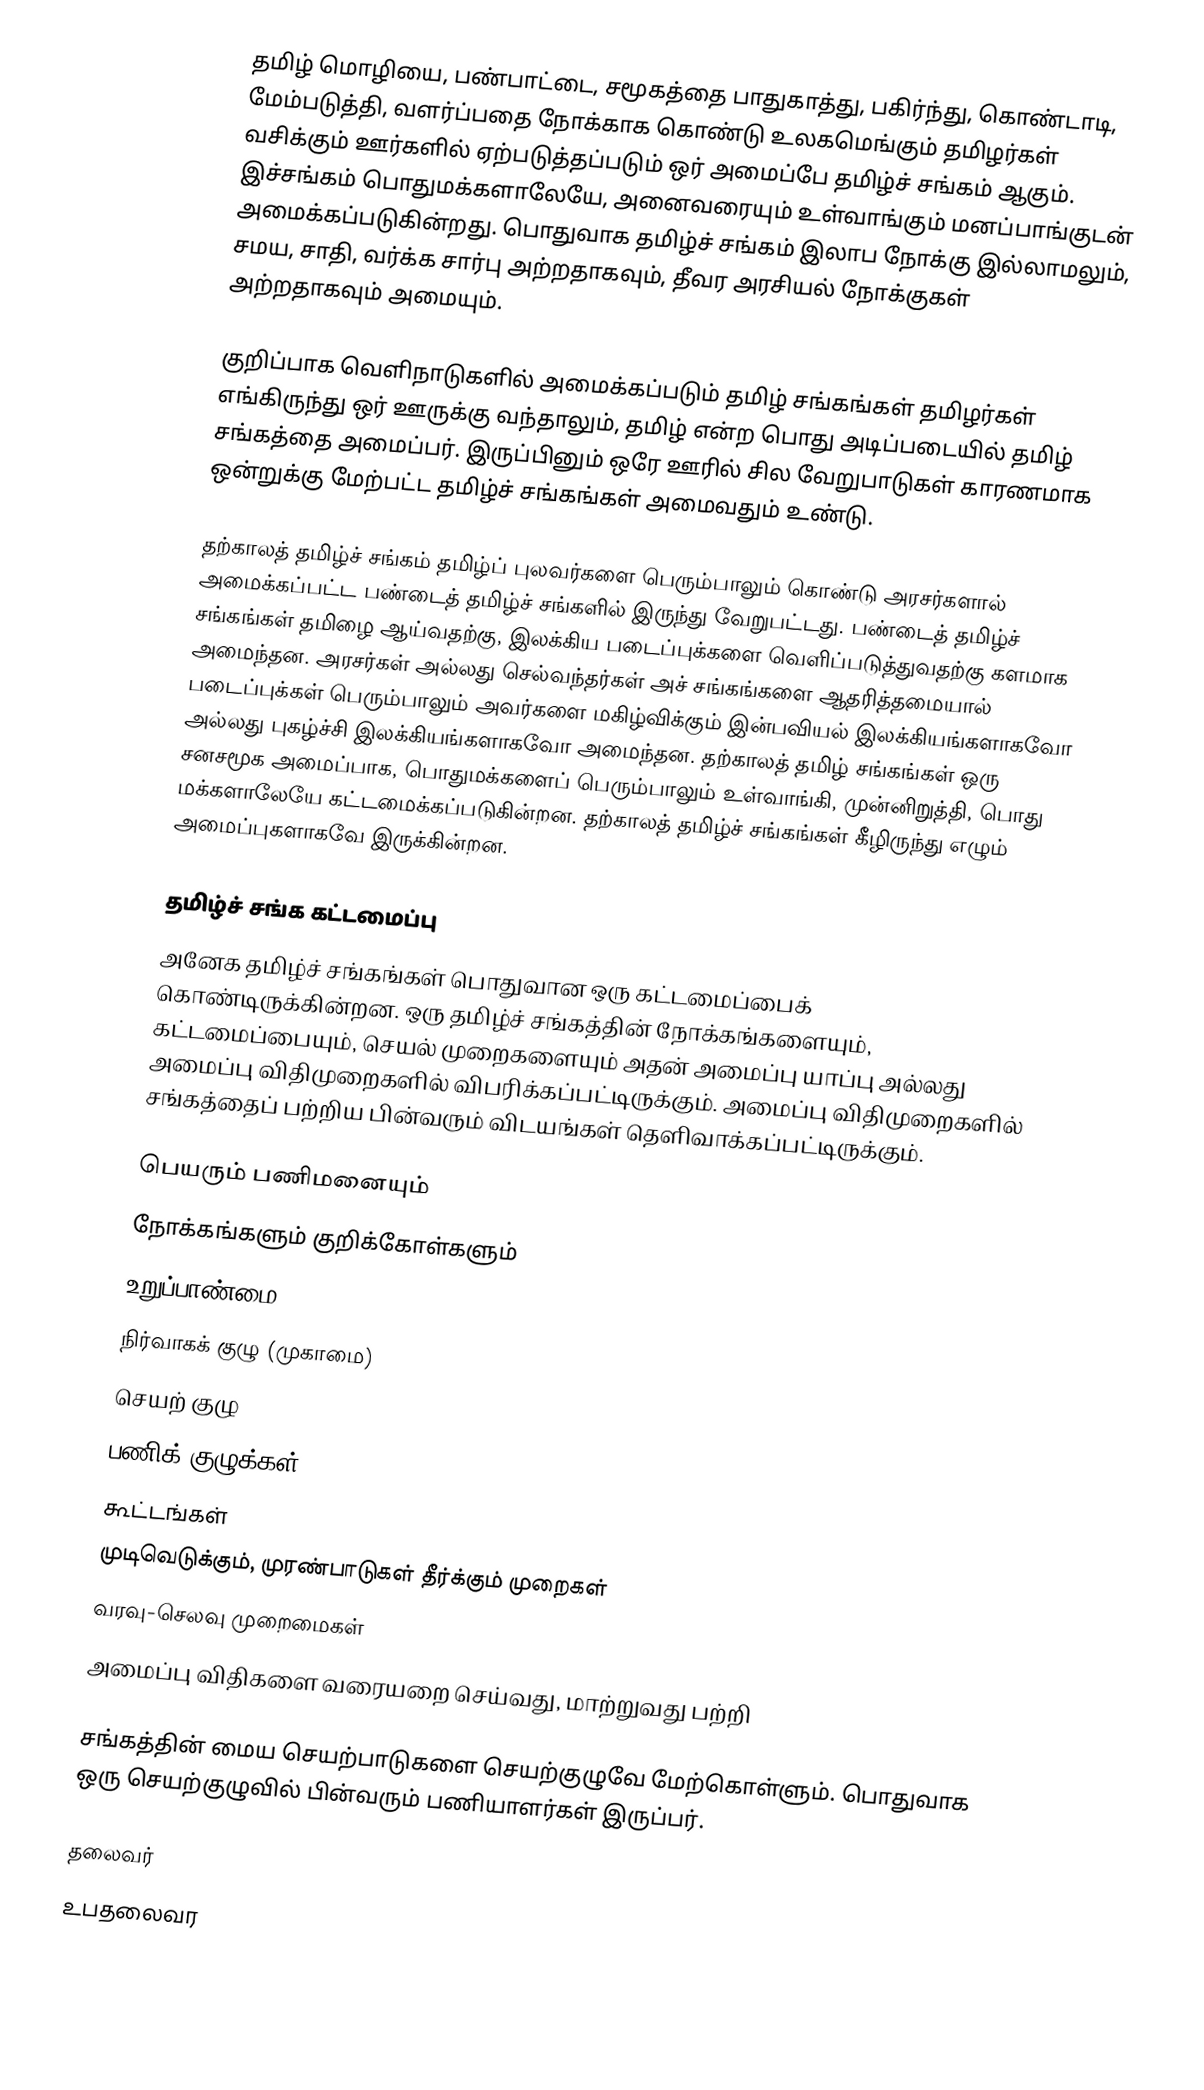
தமிழ் மொழியை, பண்பாட்டை, சமூகத்தை பாதுகாத்து, பகிர்ந்து, கொண்டாடி, மேம்படுத்தி, வளர்ப்பதை நோக்காக கொண்டு உலகமெங்கும் தமிழர்கள் வசிக்கும் ஊர்களில் ஏற்படுத்தப்படும் ஒர் அமைப்பே தமிழ்ச் சங்கம் ஆகும்.  இச்சங்கம் பொதுமக்களாலேயே, அனைவரையும் உள்வாங்கும் மனப்பாங்குடன் அமைக்கப்படுகின்றது.  பொதுவாக தமிழ்ச் சங்கம் இலாப நோக்கு இல்லாமலும், சமய, சாதி, வர்க்க சார்பு அற்றதாகவும், தீவர அரசியல் நோக்குகள் அற்றதாகவும் அமையும்.

குறிப்பாக வெளிநாடுகளில் அமைக்கப்படும் தமிழ் சங்கங்கள் தமிழர்கள் எங்கிருந்து ஒர் ஊருக்கு வந்தாலும், தமிழ் என்ற பொது அடிப்படையில் தமிழ் சங்கத்தை அமைப்பர்.  இருப்பினும் ஒரே ஊரில் சில வேறுபாடுகள் காரணமாக ஒன்றுக்கு மேற்பட்ட தமிழ்ச் சங்கங்கள் அமைவதும் உண்டு.

தற்காலத் தமிழ்ச் சங்கம் தமிழ்ப் புலவர்களை பெரும்பாலும் கொண்டு அரசர்களால் அமைக்கப்பட்ட பண்டைத் தமிழ்ச் சங்களில் இருந்து வேறுபட்டது.  பண்டைத் தமிழ்ச் சங்கங்கள் தமிழை ஆய்வதற்கு, இலக்கிய படைப்புக்களை வெளிப்படுத்துவதற்கு களமாக அமைந்தன.  அரசர்கள் அல்லது செல்வந்தர்கள் அச் சங்கங்களை ஆதரித்தமையால் படைப்புக்கள் பெரும்பாலும் அவர்களை மகிழ்விக்கும் இன்பவியல் இலக்கியங்களாகவோ அல்லது புகழ்ச்சி இலக்கியங்களாகவோ அமைந்தன.  தற்காலத் தமிழ் சங்கங்கள் ஒரு சனசமூக அமைப்பாக, பொதுமக்களைப் பெரும்பாலும் உள்வாங்கி, முன்னிறுத்தி, பொது மக்களாலேயே கட்டமைக்கப்படுகின்றன.  தற்காலத் தமிழ்ச் சங்கங்கள் கீழிருந்து எழும் அமைப்புகளாகவே இருக்கின்றன.

தமிழ்ச் சங்க கட்டமைப்பு
அனேக தமிழ்ச் சங்கங்கள் பொதுவான ஒரு கட்டமைப்பைக் கொண்டிருக்கின்றன.  ஒரு தமிழ்ச் சங்கத்தின் நோக்கங்களையும்,  கட்டமைப்பையும், செயல் முறைகளையும் அதன் அமைப்பு யாப்பு அல்லது அமைப்பு விதிமுறைகளில் விபரிக்கப்பட்டிருக்கும்.  அமைப்பு விதிமுறைகளில் சங்கத்தைப் பற்றிய பின்வரும் விடயங்கள் தெளிவாக்கப்பட்டிருக்கும்.

 பெயரும் பணிமனையும்
 நோக்கங்களும் குறிக்கோள்களும்
 உறுப்பாண்மை
 நிர்வாகக் குழு (முகாமை)
 செயற் குழு
 பணிக் குழுக்கள்
 கூட்டங்கள்
 முடிவெடுக்கும், முரண்பாடுகள் தீர்க்கும் முறைகள்
 வரவு-செலவு முறைமைகள்
 அமைப்பு விதிகளை வரையறை செய்வது, மாற்றுவது பற்றி

சங்கத்தின் மைய செயற்பாடுகளை செயற்குழுவே மேற்கொள்ளும்.  பொதுவாக ஒரு செயற்குழுவில் பின்வரும் பணியாளர்கள் இருப்பர்.

 தலைவர்
 உபதலைவர